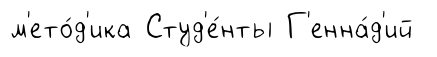
м'ето́д'ика Студ'е́нты Г'енна́д'ий